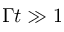
\Gamma t \gg 1